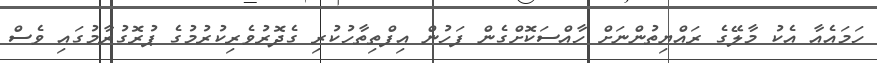
ހަމައެއާ އެކު މާލޭގެ ރައްޔިތުންނަށް ހާއްސަކޮށްގެން ފަހުން އިފްތިތާހުކުރި ގެދޮރުވެރިކުރުމުގެ ޕުރޮގުރާމުގައި ވެސް